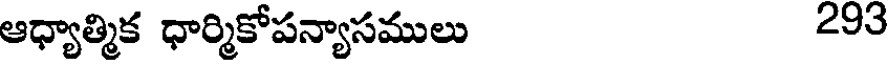
ఆధ్యాత్మిక ధార్మికోపన్యాసములు 293